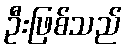
ဦးဖြစ်သည်